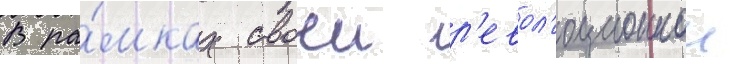
В ра́мках своеи р'евол'юционнои